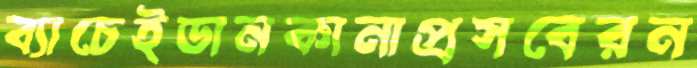
ব্যাচেইডানকানাপ্রসবেরন